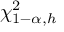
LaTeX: \chi _ { 1 - \alpha , h } ^ { 2 }